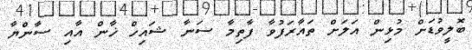
ބޮލީވުޑަށް މުޅިން އަލަށް ތައާރަފުވާ ފާތިމާ ސަނާ ޝައިހް ޚާން އާއި ސާންޔާ